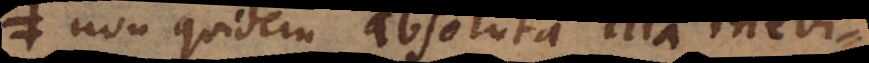
non quidem absoluta illa inevi